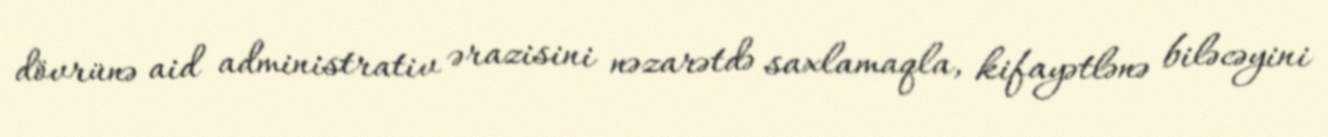
dövrünə aid administrativ ərazisini nəzarətdə saxlamaqla, kifayətlənə biləcəyini